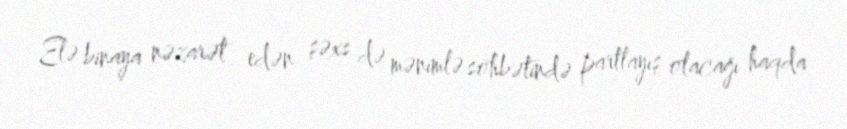
Elə binaya nəzarət edən şəxs də mənimlə söhbətində partlayış olacağı haqda